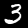
Digit: 3